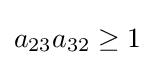
a_{23}a_{32}\geq 1